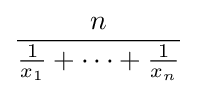
{\frac {n}{{\frac {1}{x_{1}}}+\dots +{\frac {1}{x_{n}}}}}